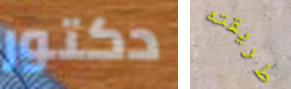
دكتور طريقته